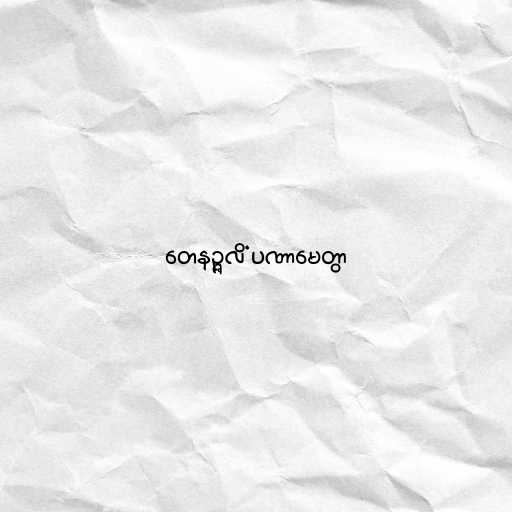
တေနဉ္ဇလိံ ပဏာမေတွာ